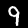
Digit: 9